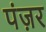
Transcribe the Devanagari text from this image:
पंज़र